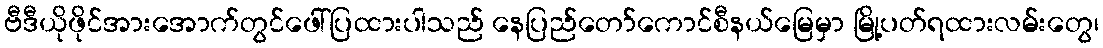
ဗီဒီယိုဖိုင်အားအောက်တွင်ဖေါ်ပြထားပါသည် နေပြည်တော်ကောင်စီနယ်မြေမှာ မြို့ပတ်ရထားလမ်းတွေ၊